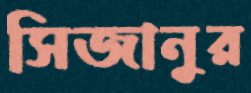
সিজানুর